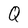
Character: Q